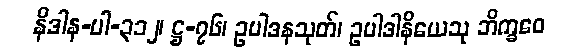
နိဒါန-ပါ-၃၁၂၊ ဋ္ဌ-၇၆၊ ဥပါဒနသုတ်၊ ဥပါဒါနိယေသု ဘိက္ခဝေ